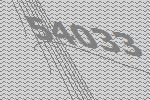
54033